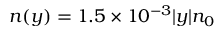
n ( y ) = 1 . 5 \times 1 0 ^ { - 3 } | y | n _ { 0 }